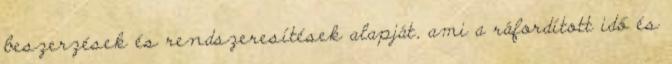
beszerzések és rendszeresítések alapját, ami a ráfordított idő és